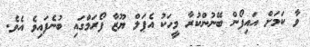
ވާ ކަމަށް އައިފޯން ބޭނުންކުރާ މީހަކު އެޕަލް ޔޫޒާ ފޯރަމްގައި ބުނެފައިވެ އެވެ.